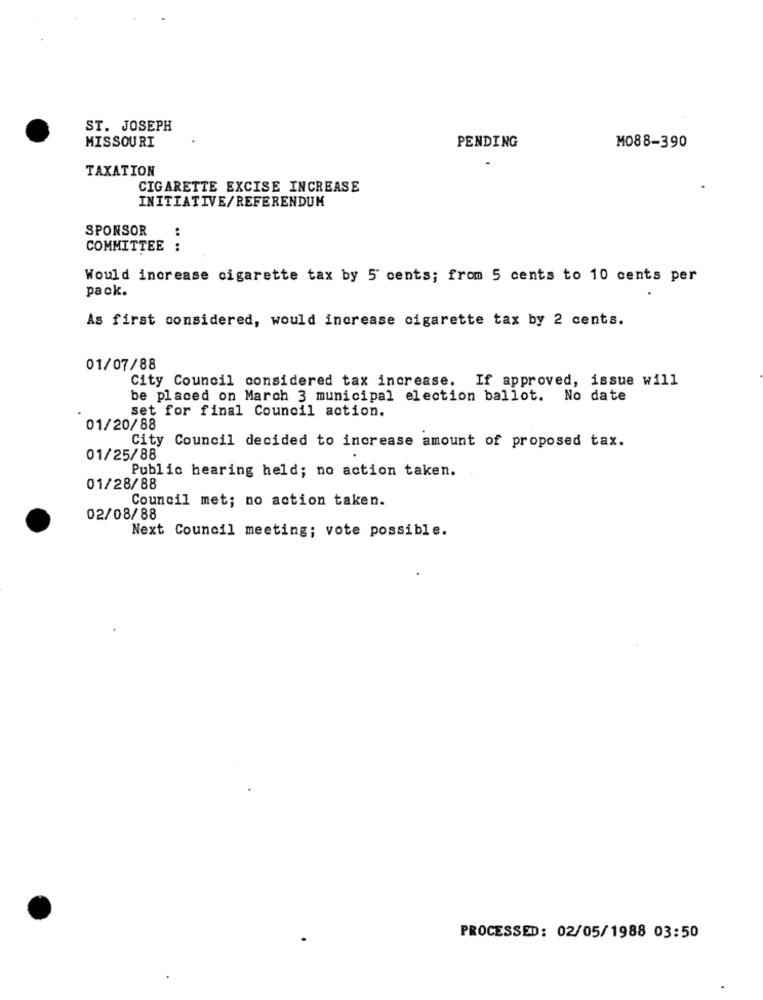
ST. JOSEPH
MISSOURI
PENDING
MO88-390
TAXATION
CIGARETTE EXCISE INCREASE
INITIATIVE/REFERENDUM
SPONSOR
:
COMMITTEE :
Would increase cigarette tax by 5 cents; from 5 cents to 10 cents per
pack.
As first considered, would increase cigarette tax by 2 cents.
01/07/88
City Council considered tax increase. If approved, issue will
be placed on March 3 municipal election ballot. No date
set for final Council action.
01/20/88
City Council decided to increase amount of proposed tax.
01/25/88
Public hearing held; no action taken.
01/28/88
Council met; no action taken.
02/08/88
Next Council meeting; vote possible.
PROCESSED: 02/05/1988 03:50